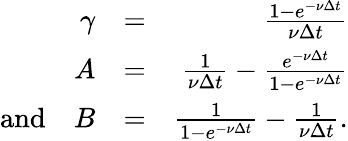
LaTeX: \begin{array}{rlr}{\gamma}&{=}&{\frac{1-e^{-\nu\Delta t}}{\nu\Delta t}}\\ {A}&{=}&{\frac{1}{\nu\Delta t}-\frac{e^{-\nu\Delta t}}{1-e^{-\nu\Delta t}}}\\ {\textrm{and}\quad B}&{=}&{\frac{1}{1-e^{-\nu\Delta t}}-\frac{1}{\nu\Delta t}.}\end{array}